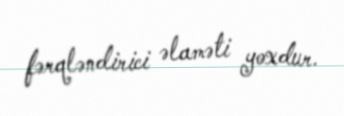
fərqləndirici əlaməti yoxdur.